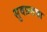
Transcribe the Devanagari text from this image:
सुवप्रसन्ना